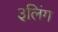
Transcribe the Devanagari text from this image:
३लिंग